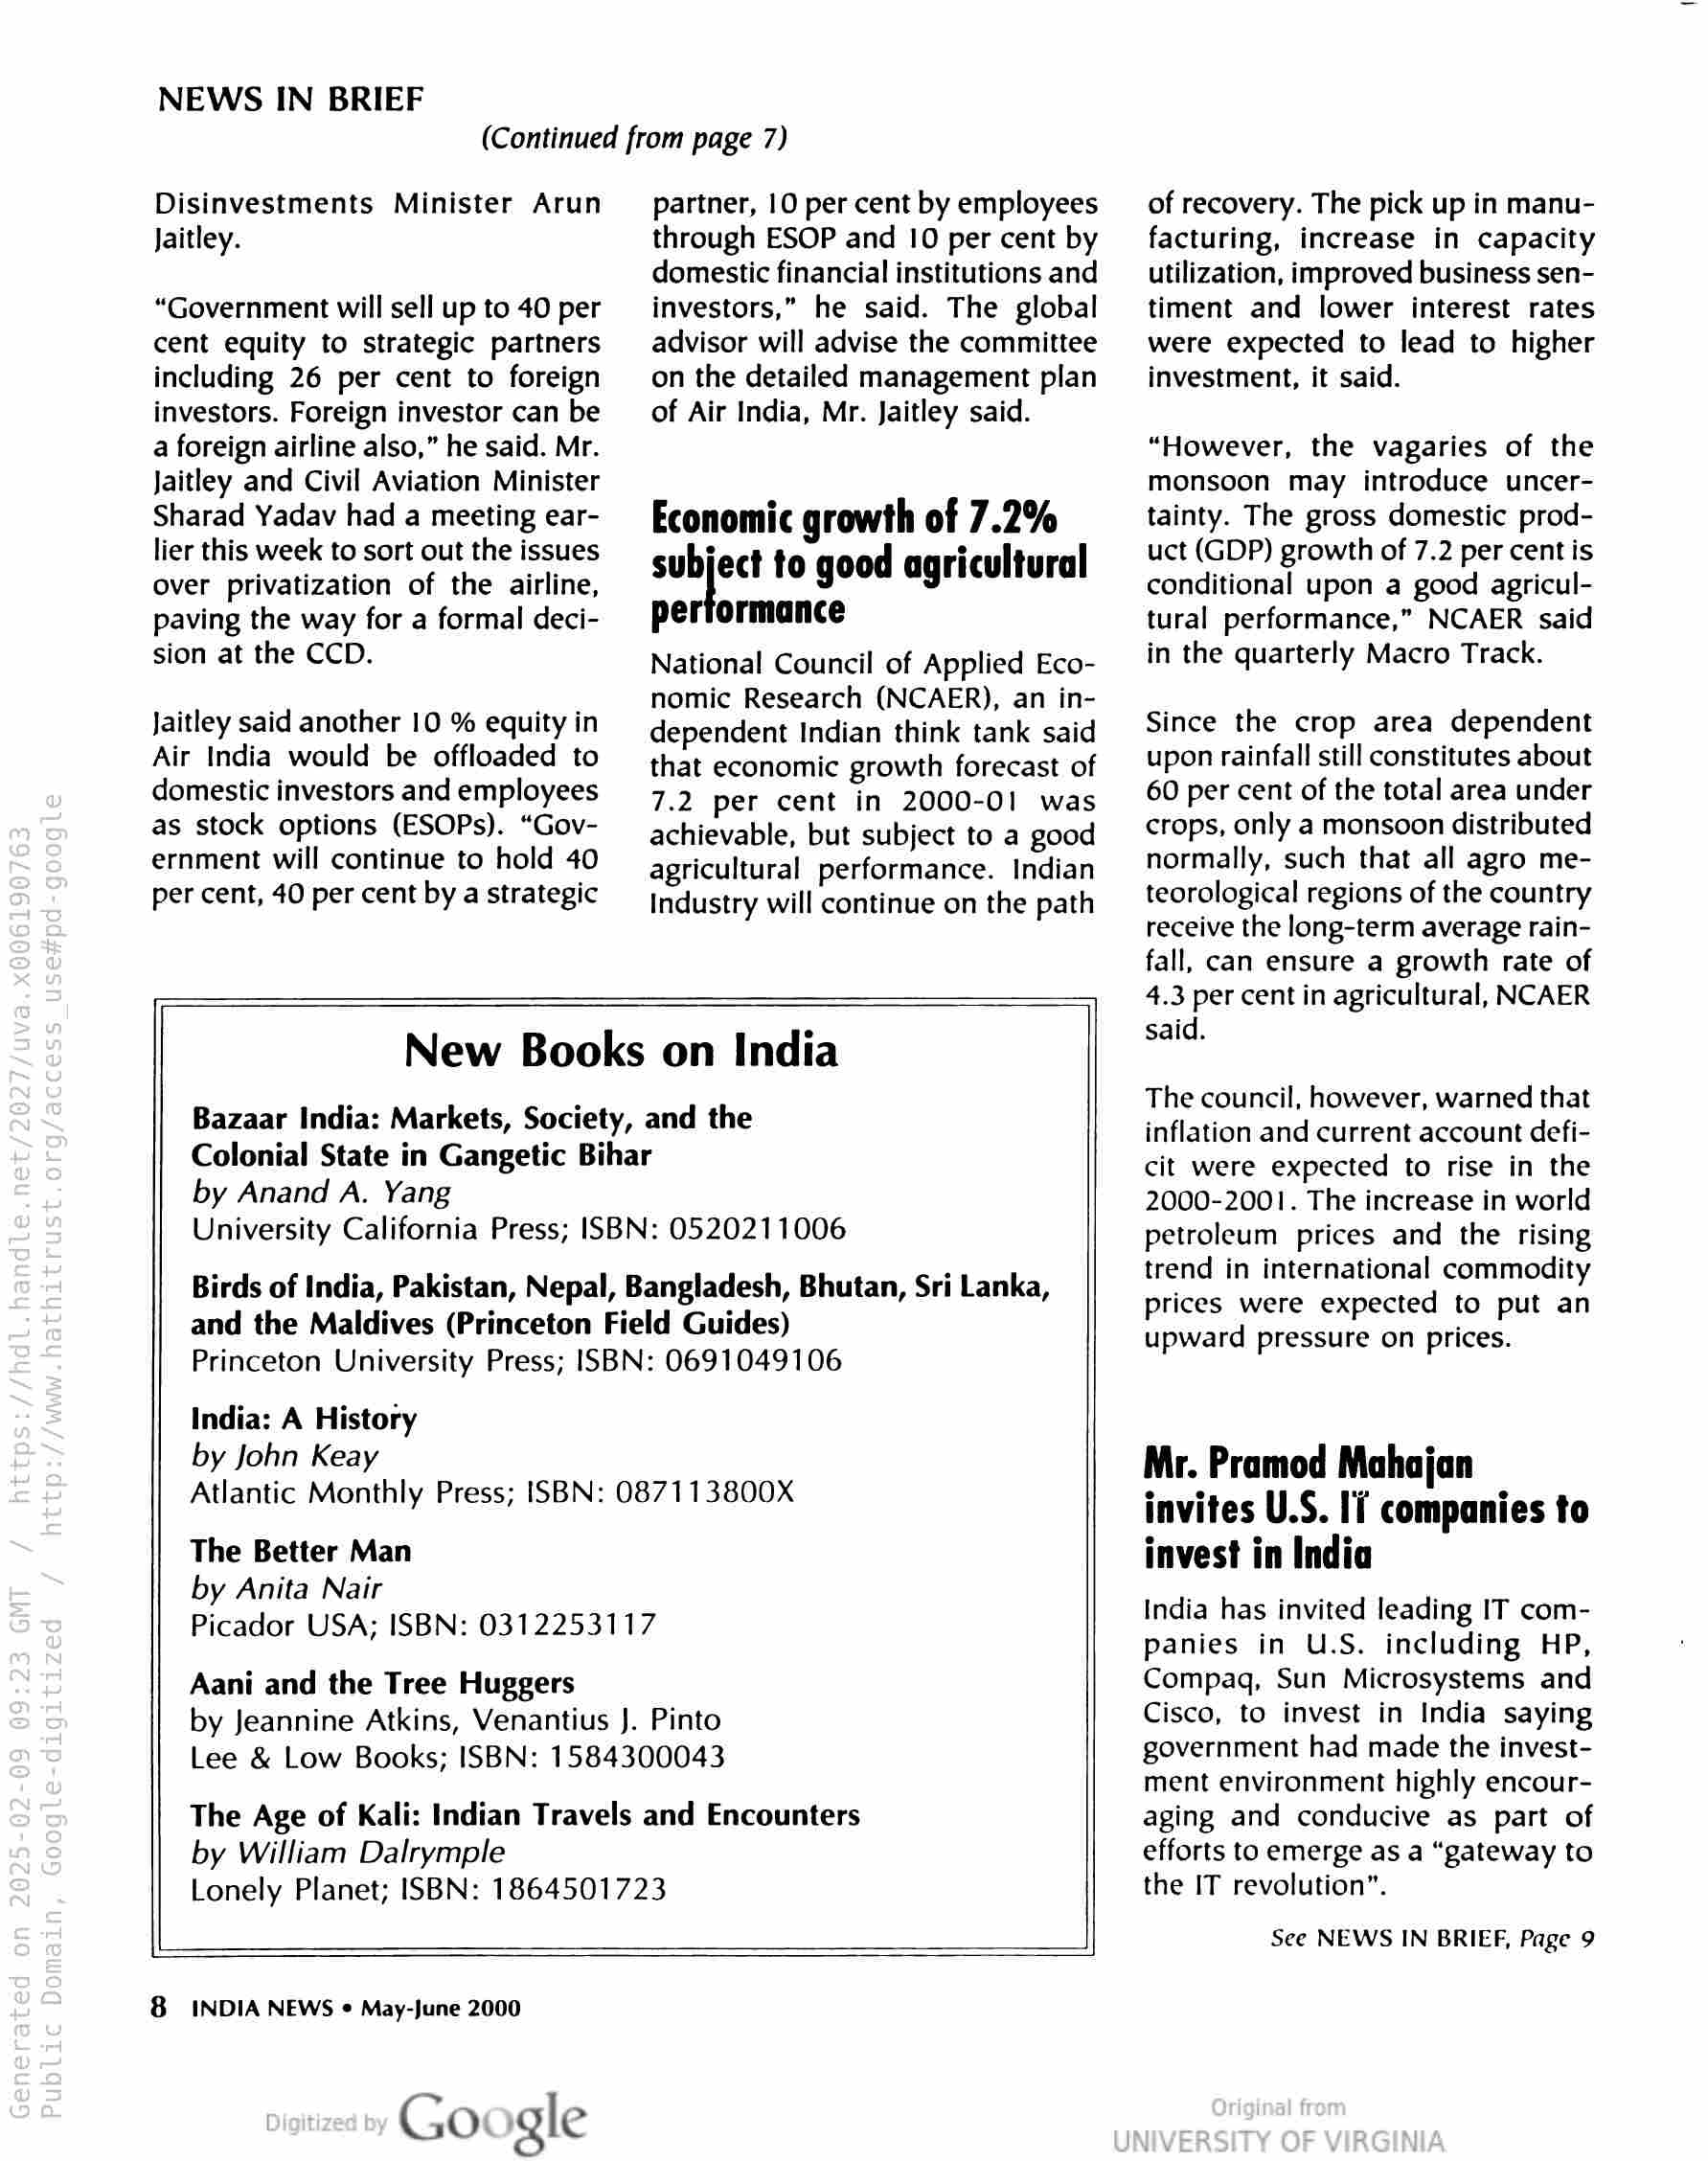
NEWS IN BRIEF

(Continued from page 7)

Disinvestments Minister Arun
Jaitley.

“Government will sell up to 40 per
cent equity to strategic partners
including 26 per cent to foreign
investors. Foreign investor can be
a foreign airline also,” he said. Mr.
Jaitley and Civil Aviation Minister
Sharad Yadav had a meeting ear-
lier this week to sort out the issues
over privatization of the airline,
paving the way for a formal deci-
sion at the CCD.

Jaitley said another 10 % equity in
Air India would be offloaded to
domestic investors and employees
as stock options (ESOPs). “Gov-
ernment will continue to hold 40
per cent, 40 per cent by a strategic

partner, 10 per cent by employees
through ESOP and 10 per cent by
domestic financial institutions and
investors,” he said. The global
advisor will advise the committee
on the detailed management plan
of Air India, Mr. Jaitley said.

Economic growth of 7.2%
subject to good agricultural
performance

National Council of Applied Eco-
nomic Research (NCAER), an in-
dependent Indian think tank said
that economic growth forecast of
7.2 per cent in 2000-01 was
achievable, but subject to a good
agricultural performance. Indian
Industry will continue on the path

by Anand A. Yang

India: A History
by John Keay

The Better Man
by Anita Nair

Aani and the Tree Huggers

by William Dalrymple

New Books on India

Bazaar India: Markets, Society, and the
Colonial State in Gangetic Bihar

University California Press; ISBN: 0520211006

Birds of India, Pakistan, Nepal, Bangladesh, Bhutan, Sri Lanka,
and the Maldives (Princeton Field Guides)
Princeton University Press; ISBN: 0691049106

Atlantic Monthly Press; ISBN: 087113800X

Picador USA; ISBN: 0312253117

by Jeannine Atkins, Venantius J. Pinto
Lee & Low Books; ISBN: 1584300043

The Age of Kali: Indian Travels and Encounters

Lonely Planet; ISBN: 1864501723

8 INDIA NEWS « May-June 2000

Google

of recovery. The pick up in manu-
facturing, increase in capacity
utilization, improved business sen-
timent and lower interest rates
were expected to lead to higher
investment, it said.

“However, the vagaries of the
monsoon may introduce uncer-
tainty. The gross domestic prod-
uct (GDP) growth of 7.2 per cent is
conditional upon a good agricul-
tural performance,” NCAER said
in the quarterly Macro Track.

Since the crop area dependent
upon rainfall still constitutes about
60 per cent of the total area under
crops, only a monsoon distributed
normally, such that all agro me-
teorological regions of the country
receive the long-term average rain-
fall, can ensure a growth rate of
4.3 per cent in agricultural, NCAER
said.

The council, however, warned that
inflation and current account defi-
cit were expected to rise in the
2000-2001. The increase in world
petroleum prices and the rising
trend in international commodity
prices were expected to put an
upward pressure on prices.

Mr. Pramod Mahajan
invites U.S. Ii companies to
invest in India

India has invited leading IT com-
panies in U.S. including HP,
Compaq, Sun Microsystems and
Cisco, to invest in India saying
government had made the invest-
ment environment highly encour-
aging and conducive as part of
efforts to emerge as a “gateway to
the IT revolution”.

See NEWS IN BRIEF, Page 9